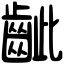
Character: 齜